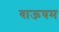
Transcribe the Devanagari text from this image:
वाऊघम